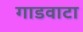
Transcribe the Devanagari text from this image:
गाडवाटा